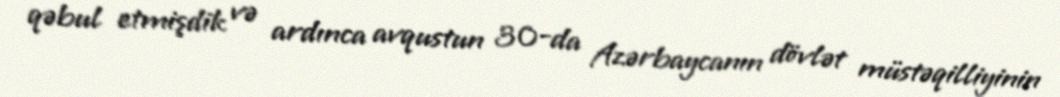
qəbul etmişdik və ardınca avqustun 30-da Azərbaycanın dövlət müstəqilliyinin